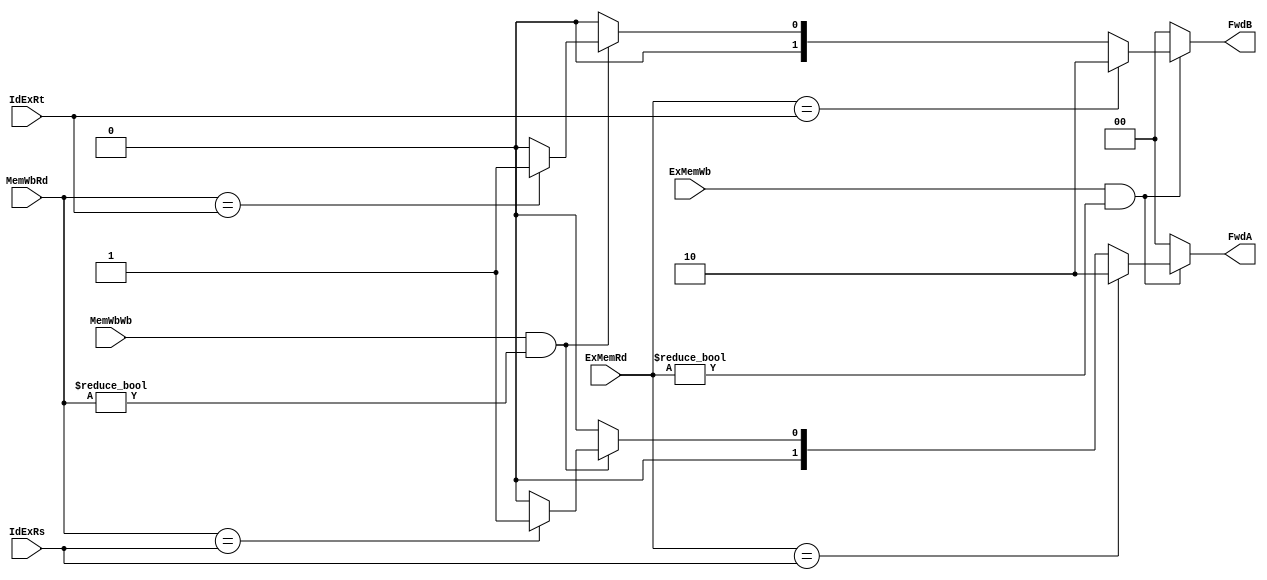
//-----------------------------------------------------------------------------
//
// Title       : forwarding
// Design      : mips pilining
// Author      : 
// Company     : 
//
//-----------------------------------------------------------------------------
//
// Generated   : Mon Dec 14 00:33:49 2015
// From        : interface description file
// By          : Itf2Vhdl ver. 1.22
//
//-----------------------------------------------------------------------------
//
// Description : 
//
//-----------------------------------------------------------------------------
`timescale 1 ns / 1 ps

//{{ Section below this comment is automatically maintained
//   and may be overwritten
//{module {forwarding}}
module forwarding (IdExRs,IdExRt,ExMemWb,MemWbWb,ExMemRd,MemWbRd,FwdA,FwdB); 
	input [4:0] IdExRs;
	input [4:0] IdExRt;
	input 		ExMemWb;
	input		MemWbWb;////
	input [4:0]	ExMemRd;
	input [4:0]	MemWbRd;
	
	//output FwdA0;
//	output FwdA1;
//	output FwdB0;
//	output FwdB1;
	
	output reg [1:0] FwdA;
	output reg [1:0] FwdB;
	
	//assign FwdA0 = FwdA[0];
//	assign FwdA1 = FwdA[1];
//	assign FwdB0 = FwdB[0];
//	assign FwdB1 = FwdB[1];
	
	
	always @(IdExRs or IdExRt or ExMemWb or MemWbWb or ExMemRd or MemWbRd)//(posedge clk)//@(IdExRs[0] or IdExRs[1] or IdExRs[2] or IdExRs[3] or IdExRs[4] or IdExRt[0] or IdExRt[1] or IdExRt[2] or IdExRt[3] or IdExRt[4] or ExMemWb or MemWbWb or ExMemRd[0] or ExMemRd[1] or ExMemRd[2] or ExMemRd[3] or ExMemRd[4] or MemWbRd[0] or MemWbRd[1] or MemWbRd[2] or MemWbRd[3] or MemWbRd[4])//@(edge IdExRs or edge IdExRt or edge ExMemWb or edge MemWbWb or edge ExMemRd or edge MemWbRd) //IdExRs or IdExRt or ExMemWb or MemWbWb or ExMemRd or MemWbRd)
		begin
			FwdA=0;
			if((ExMemWb==1) && (ExMemRd != 5'b00000))
				begin
					if(ExMemRd == IdExRs)
						begin
							FwdA = 2;
						end
					else if((MemWbWb == 1) && (MemWbRd != 5'b00000))
						begin
							if (MemWbRd == IdExRs)
								begin
									FwdA = 1;
								end
						end
				end
			
				
			else
				begin
					FwdA = 0;
				end
		end
			
		always @(IdExRs or IdExRt or ExMemWb or MemWbWb or ExMemRd or MemWbRd)//posedge clk)
			begin
				FwdB=0;
			if((ExMemWb==1) && (ExMemRd != 5'b00000))
				begin
					if(ExMemRd == IdExRt)
						begin
							FwdB =  2;
						end
					else if((MemWbWb == 1) && (MemWbRd != 5'b00000))
						begin
							if (MemWbRd == IdExRt)
								begin
									FwdB = 1;
								end
						end
				end
			
			else
				begin
					FwdB = 0;
				end
			end
			
		//assign FwdA = ((ExMemWb===1) && (ExMemRd !== 5'b00000))? ((ExMemRd === IdExRs)? 2'b10:(((MemWbWb == 1) && (MemWbRd !== 5'b00000))?
	
	//}} End of automatically maintained section
	
	// -- Enter your statements here -- //
	
endmodule